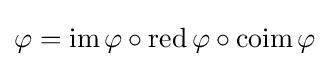
\varphi =\operatorname {im} \varphi \circ \operatorname {red} \varphi \circ \operatorname {coim} \varphi